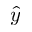
\hat { y }